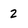
Character: 2